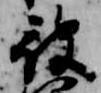
被